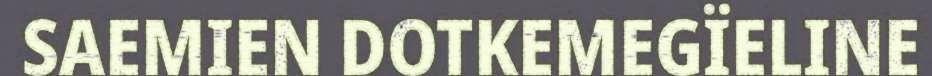
SAEMIEN DOTKEMEGÏELINE